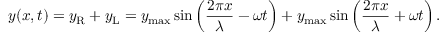
y ( x , t ) = y _ { \mathrm { R } } + y _ { \mathrm { L } } = y _ { \mathrm { m a x } } \sin \left( { \frac { 2 \pi x } { \lambda } } - \omega t \right) + y _ { \mathrm { m a x } } \sin \left( { \frac { 2 \pi x } { \lambda } } + \omega t \right) .